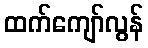
ထက်ကျော်လွန်